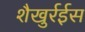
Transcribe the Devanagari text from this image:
शैखुर्रईस